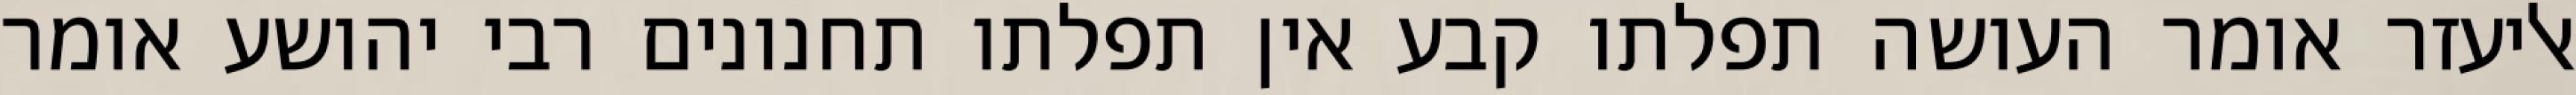
אליעזר אומר העושה תפלתו קבע אין תפלתו תחנונים רבי יהושע אומר